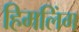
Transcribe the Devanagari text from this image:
हिमलिंग